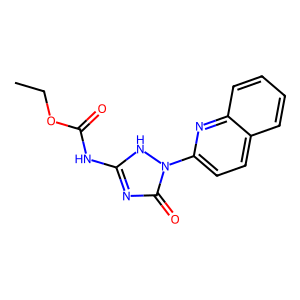
SMILES: CCOC(=O)Nc1nc(=O)n(-c2ccc3ccccc3n2)[nH]1
Inhibits HIV replication: No